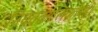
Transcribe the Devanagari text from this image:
नियतकालिकाचेही